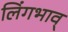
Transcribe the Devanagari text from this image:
लिंगभाव्